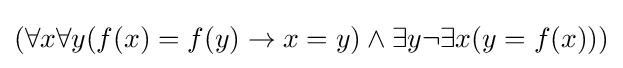
(\forall x\forall y(f(x)=f(y)\rightarrow x=y)\land \exists y\neg \exists x(y=f(x)))